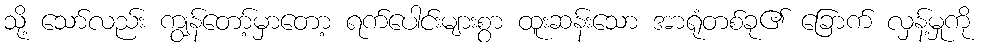
သို့ သော်လည်း ကျွန်တော့်မှာတော့ ရက်ပေါင်းများစွာ ထူးဆန်းသော အာရုံတစ်ခု၏ ခြောက် လှန့်မှုကို